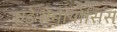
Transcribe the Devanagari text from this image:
एडेनोमायोसिस